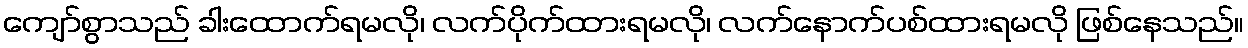
ကျော်စွာသည် ခါးထောက်ရမလို၊ လက်ပိုက်ထားရမလို၊ လက်နောက်ပစ်ထားရမလို ဖြစ်နေသည်။